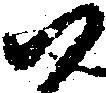
尉